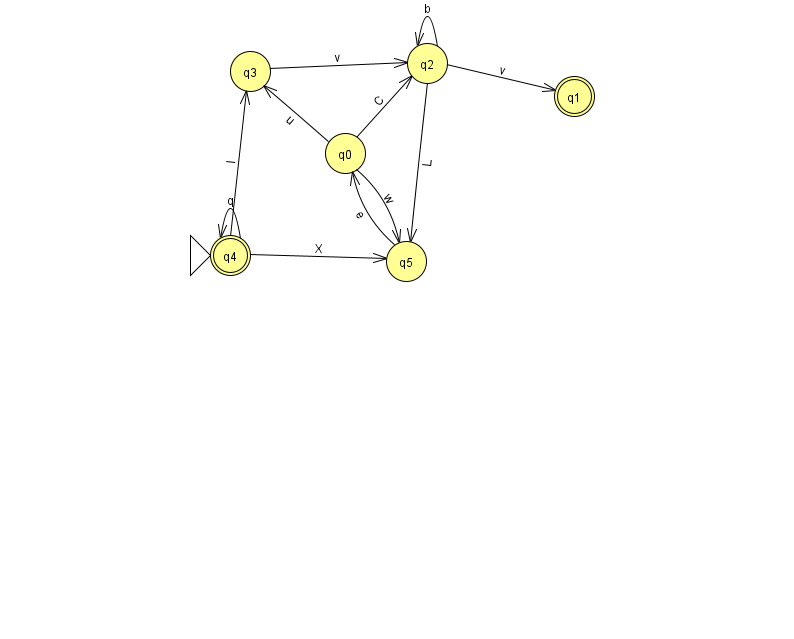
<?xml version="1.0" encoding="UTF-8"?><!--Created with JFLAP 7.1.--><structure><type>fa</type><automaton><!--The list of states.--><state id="0" name="q0"><x>345.0</x><y>140.0</y></state><state id="1" name="q1"><x>574.0</x><y>83.0</y><final/></state><state id="2" name="q2"><x>427.0</x><y>50.0</y></state><state id="3" name="q3"><x>250.0</x><y>58.0</y></state><state id="4" name="q4"><x>230.0</x><y>242.0</y><initial/><final/></state><state id="5" name="q5"><x>406.0</x><y>248.0</y></state><!--The list of transitions.--><transition><from>0</from><to>3</to><read>u</read></transition><transition><from>0</from><to>5</to><read>w</read></transition><transition><from>4</from><to>4</to><read>q</read></transition><transition><from>2</from><to>2</to><read>b</read></transition><transition><from>5</from><to>0</to><read>e</read></transition><transition><from>4</from><to>5</to><read>X</read></transition><transition><from>2</from><to>5</to><read>L</read></transition><transition><from>4</from><to>3</to><read>l</read></transition><transition><from>0</from><to>2</to><read>C</read></transition><transition><from>3</from><to>2</to><read>v</read></transition><transition><from>2</from><to>1</to><read>v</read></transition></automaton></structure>